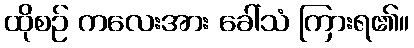
ထိုစဉ် ကလေးအား ခေါ်သံ ကြားရ၏။